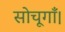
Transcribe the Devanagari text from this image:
सोचूगाँ।